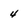
Character: 4